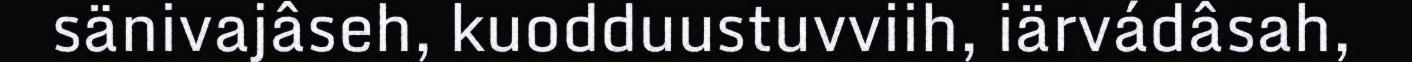
sänivajâseh, kuodduustuvviih, iärvádâsah,